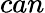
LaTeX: can